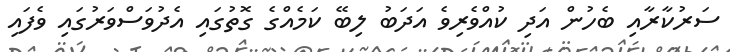
ސަރުކާރާއި ބެހުން އަދި ކުއްވެރިވެ އަދަބު ލިބޭ ކަމެއްގެ ގޮތުގައި އެދުވަސްވަރުގައި ވެފައި